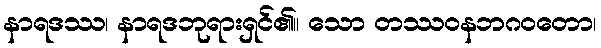
နာရဒဿ၊ နာရဒဘုရားရှင်၏။ သော တဿဝနဘဂဝတော၊